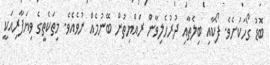
ބޮޑު ގޯހަކަށެވެ. ފޯކާއި ބިލެތާއި ދުރުހެލިވާން ރައްޔިތުން ބޭނުމެއް ނުވެއެވެ. މިތަކެތީގެ ވިޔަފާރިއަކީ